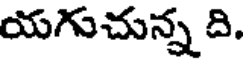
యగుచున్న ది.